Report on sanitation, dispensaries, and jails in Rajputana for 1916, and on vaccination for the year 1916-1917 - 1916-1917
Year: 1916
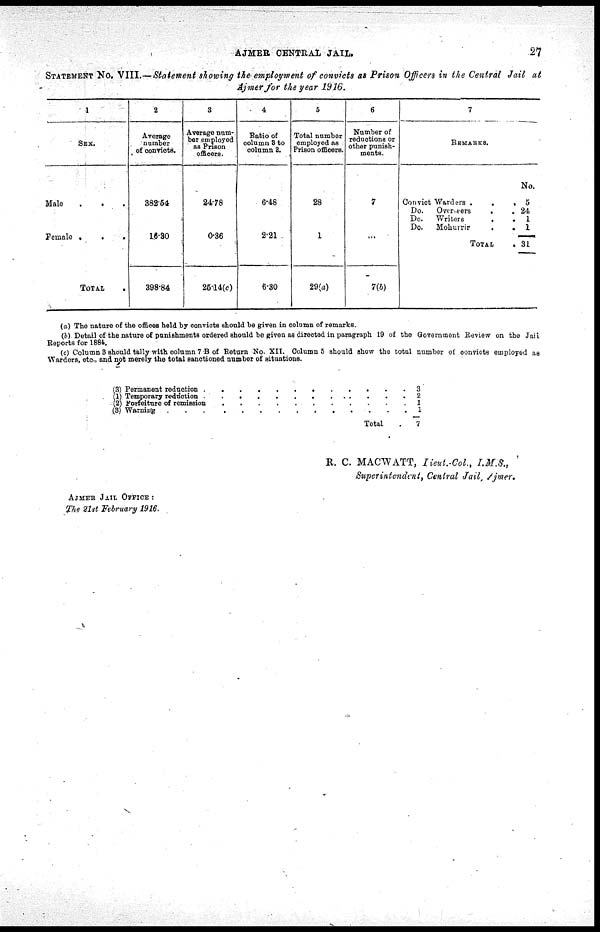
AJMER CENTRAL JAIL.
27
STATEMENT No. VIII.—Statement showing the employment of convicts as Prison Officers in the Central Jail at
Ajmer for the year 1916.
1
SEX.
Male
Feuinle
.
.
.
TOTAL
.
2
Average
number
of convicts.
382.64
16.30
398.84
3
Average num-
ber employed
as Prison
officers.
24.78
0.36
25.14(c)
4
Ratio of
column 8 to
colomn 8.
6.48
2.21
6.30
5
Total number
employed as
Prison officers.
28
1
29(a)
6
Number of
reductions or
other punish-
ments.
7
7(b)
7
REMARKS.
Convict
Do.
Do.
Do.
Warders .
.
.
Overseers
.
.
Writers
.
.
Mohurrir
.
.
TOTAL
.
No.
5
24
1
1
31
(a) The nature of the offices held by convicts should be given in column of remarks.
(b) Detail of the nature of punishments ordered should be given as directed in paragraph 19 of the Government Review on the Jail
Reports for 1884.
(c) Column 8 should tally with column 7 B of Return No. XII. Column 5 should show the total number of convicts employed as
Warders, etc., and not merely the total sanctioned number of situations.
(3)
(1)
(2)
(3)
Permanent reduction . . . . . . . . . . .
Temporary reduction . . . . . . . . . . .
Forfeiture of remisson . . . . . . . . . . .
Warning . . . . . . . . . . . . . . . . .
Total
3
2
1
1
7
R. C. MACWATT, Lieut.-Col., I.M.S.,
Superintendent, Central Jail, Ajmer.
AJMER JAIL OFFICE :
The 21st February 1916.